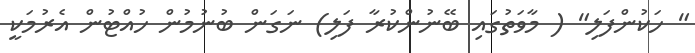
" ހަކުންފަލި" ( މާވަތުގައި ބޭނުންކުރާ ފަލި) ނަގަން ބުނުމުން ހުއްޓުން އެރުމަކީ